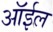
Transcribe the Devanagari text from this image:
ऑर्इल